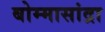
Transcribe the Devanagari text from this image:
बोम्मासांद्रा